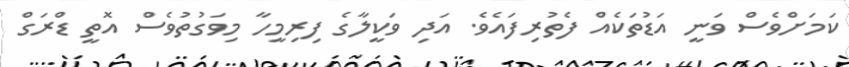
ކަމަށްވެސް ވަނީ އަޑުތަކެއް ފެތުރިފައެވެ. އަދި ވަކީލާގެ ފިރިމީހާ މިވަގުތުވެސް އޮތީ ޑްރަގް